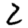
Digit: 2